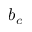
b _ { c }